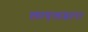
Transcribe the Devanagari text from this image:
लाएलद्वारा